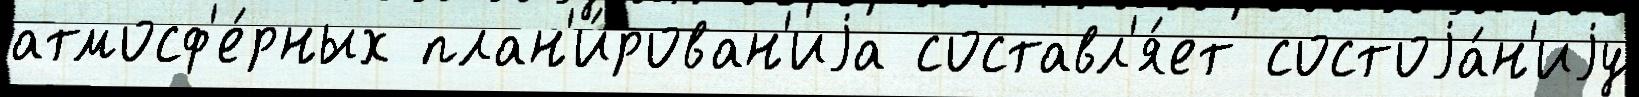
атмосф'е́рных план'и́рован'иjа составл'я́ет состоjа́н'иjу